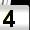
Digit: 4